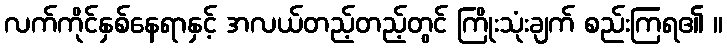
လက်ကိုင်နှစ်နေရာနှင့် အလယ်တည့်တည့်တွင် ကြိုးသုံးချက် စည်းကြရ၏ ။